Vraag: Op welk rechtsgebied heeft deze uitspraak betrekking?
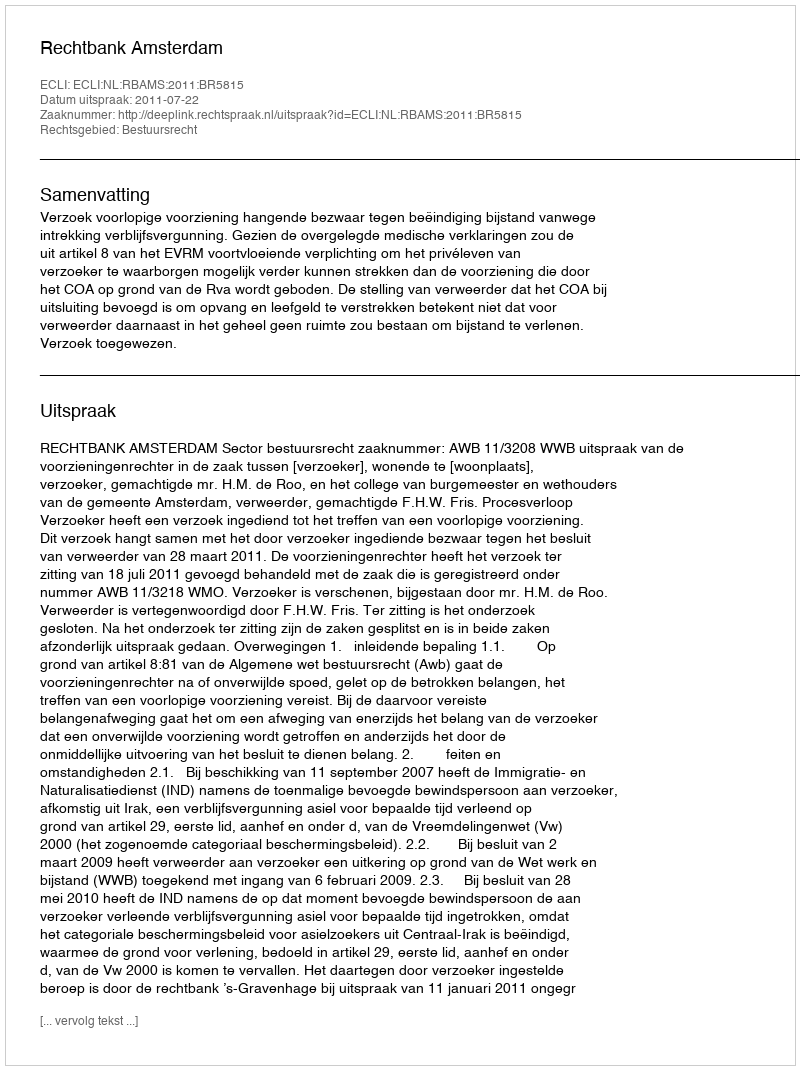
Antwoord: Bestuursrecht